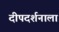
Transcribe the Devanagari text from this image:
दीपदर्शनाला